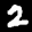
Label: 2